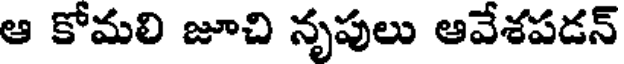
ఆ కోమలి జూచి నృపులు ఆవేశపడన్